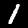
Label: 1